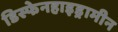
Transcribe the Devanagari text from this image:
डिस्फेनहाइड्रामीन